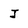
Character: J